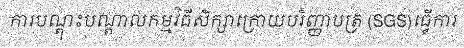
ការបណ្តុះបណ្តាលកម្មវិធីសិក្សាក្រោយបរិញ្ញាបត្រ (SGS)ធ្វើការ